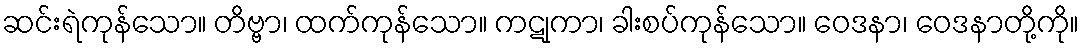
ဆင်းရဲကုန်သော။ တိဗ္ဗာ၊ ထက်ကုန်သော။ ကဋုကာ၊ ခါးစပ်ကုန်သော။ ဝေဒနာ၊ ဝေဒနာတို့ကို။